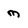
Character: m